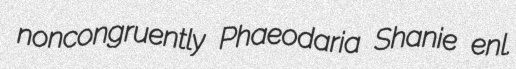
noncongruently Phaeodaria Shanie enl.